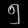
Digit: ၅